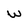
Character: W